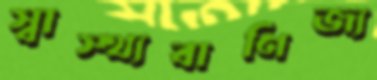
স্বাস্থ্যবাণিজ্য